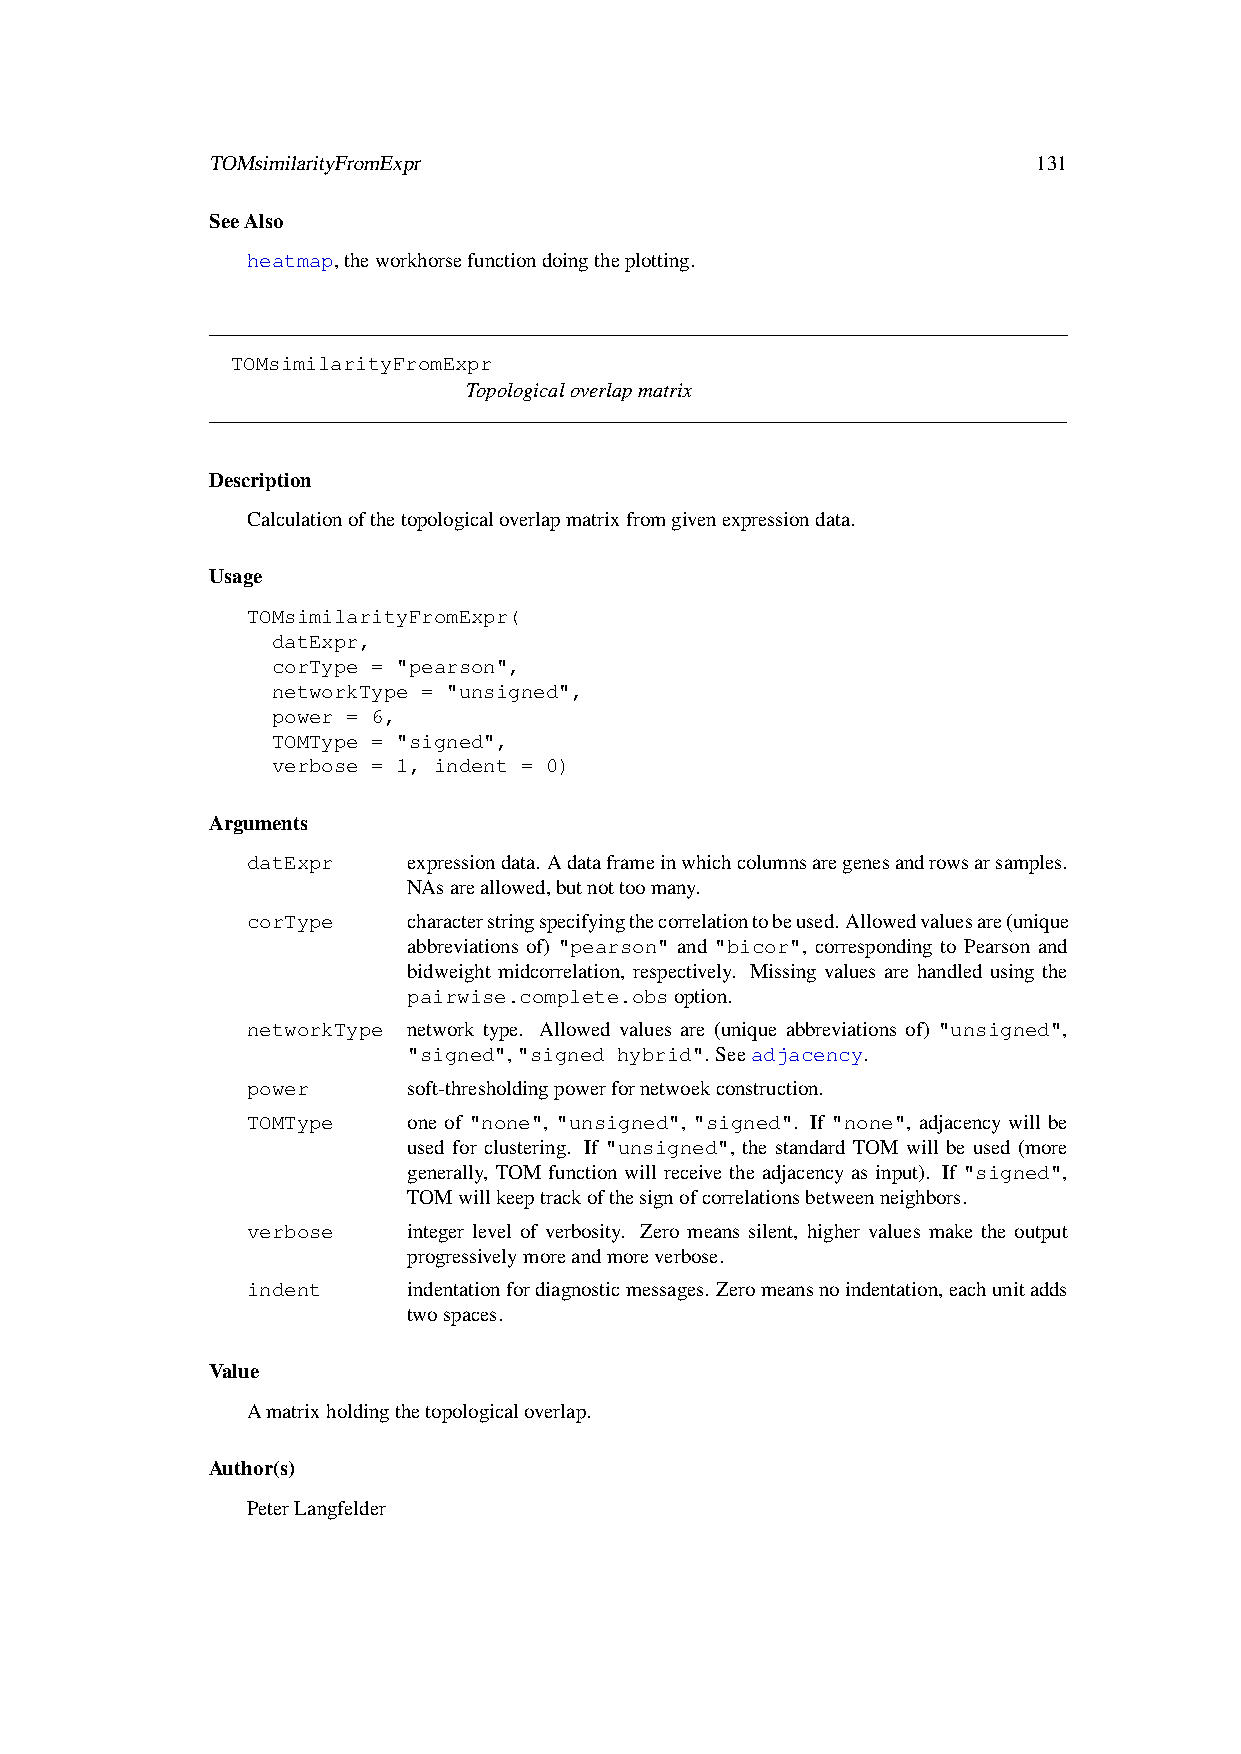
TOMsimilarityFromExpr                                  131
 SeeAlso
 heatmap,theworkhorsefunctiondoingtheplotting.
 TOMsimilarityFromExpr
 Topologicaloverlapmatrix
 Description
 Calculationofthetopologicaloverlapmatrixfromgivenexpressiondata.
 Usage
 TOMsimilarityFromExpr(
 datExpr,
 corType = "pearson",
 networkType = "unsigned",
 power = 6,
 TOMType = "signed",
 verbose = 1, indent = 0)
 Arguments
 datExpr    expressiondata. Adataframeinwhichcolumnsaregenesandrowsarsamples.
 NAsareallowed,butnottoomany.
 corType    characterstringspecifyingthecorrelationtobeused.Allowedvaluesare(unique
 abbreviations of) "pearson" and "bicor", corresponding to Pearson and
 bidweight midcorrelation, respectively. Missing values are handled using the
 pairwise.complete.obsoption.
 networkType network type. Allowed values are (unique abbreviations of) "unsigned",
 "signed","signed hybrid". Seeadjacency.
 power      soft-thresholdingpowerfornetwoekconstruction.
 TOMType    one of "none", "unsigned", "signed". If "none", adjacency will be
 used for clustering. If "unsigned", the standard TOM will be used (more
 generally, TOM function will receive the adjacency as input). If "signed",
 TOMwillkeeptrackofthesignofcorrelationsbetweenneighbors.
 verbose    integer level of verbosity. Zero means silent, higher values make the output
 progressivelymoreandmoreverbose.
 indent     indentationfordiagnosticmessages. Zeromeansnoindentation,eachunitadds
 twospaces.
 Value
 Amatrixholdingthetopologicaloverlap.
 Author(s)
 PeterLangfelder